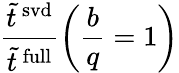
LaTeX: \frac{\tilde{t}^{\mathrm{\, svd}}}{\tilde{t}^{\mathrm{\, full}}}\left(\frac{b}{q}=1\right)